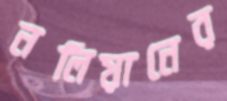
নলিয়ানের